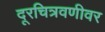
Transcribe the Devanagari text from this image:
दूरचित्रवणीवर